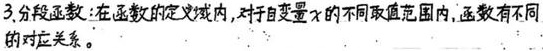
3. 分段函数：在函数的定义域内，对于自变量$x$的不同取值范围内，函数有不同的对应关系。